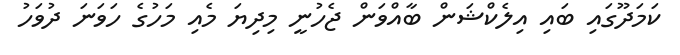
ކަމަދޫގައި ބައި އިލެކްޝަން ބާއްވަން ޖެހުނީ މިދިޔަ މެއި މަހުގެ ހަވަނަ ދުވަހު